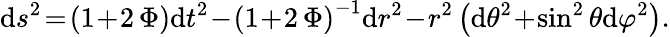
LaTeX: \begin{array}{r}{\begin{array}{rcl}{\displaystyle\mathrm{d}s^{2}\! =\! \left(1\! +\! 2\, \Phi\right)\mathrm{d}t^{2}\! -\! \left(1\! +\! 2\, \Phi\right)^{-1}\mathrm{d}r^{2}\! -\! r^{2}\left(\mathrm{d}\theta^{2}\! +\! \sin^{2}\theta\mathrm{d}\varphi^{2}\right).}\end{array}}\end{array}